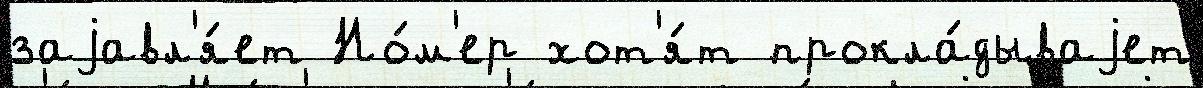
заjавл'я́ет Но́м'ер хот'я́т прокла́дываjет